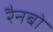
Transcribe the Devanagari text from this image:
रैनबो